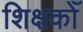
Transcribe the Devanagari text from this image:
शिक्षकोँ